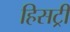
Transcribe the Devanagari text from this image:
हिसट्री